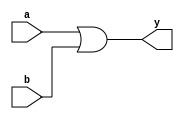
`timescale 1ns / 1ps
module or_gate(
    input a,
    input b,
    output y
    );
assign y=a | b;

endmodule